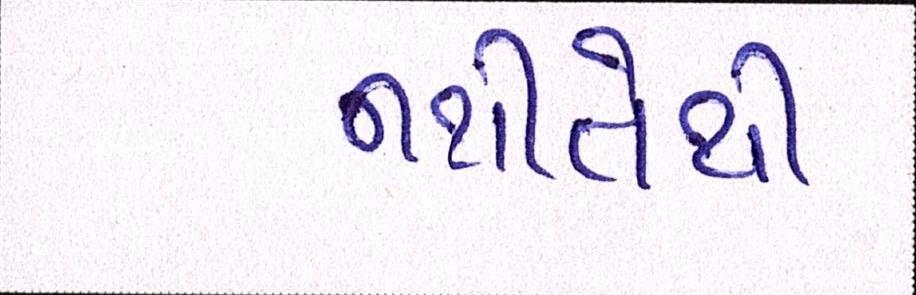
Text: નથીતેથી